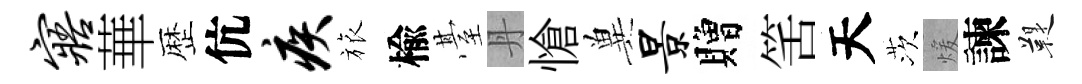
寤華歴伉疾旅楡䑓丹愴兾景贈筈天茨煖諫鞮